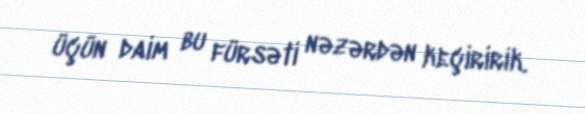
üçün daim bu fürsəti nəzərdən keçiririk.